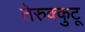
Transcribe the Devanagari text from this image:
तेरुक्कुटू